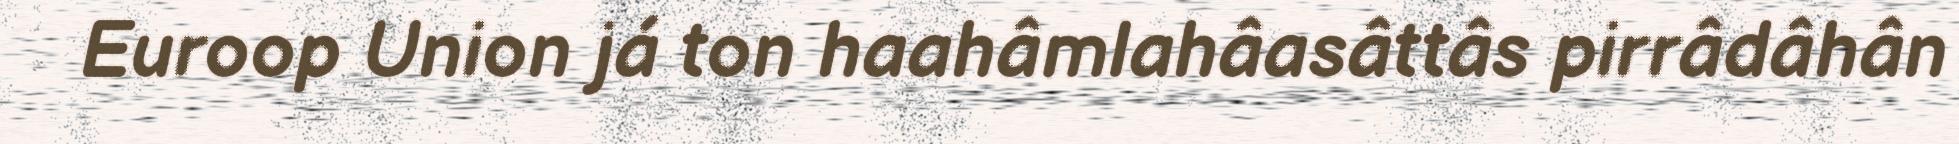
Euroop Union já ton haahâmlahâasâttâs pirrâdâhân